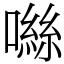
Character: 噝